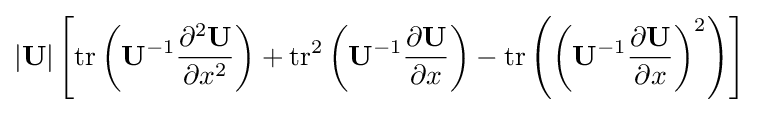
\left|\mathbf {U} \right|\left[\operatorname {tr} \left(\mathbf {U} ^{-1}{\frac {\partial ^{2}\mathbf {U} }{\partial x^{2}}}\right)+\operatorname {tr} ^{2}\left(\mathbf {U} ^{-1}{\frac {\partial \mathbf {U} }{\partial x}}\right)-\operatorname {tr} \left(\left(\mathbf {U} ^{-1}{\frac {\partial \mathbf {U} }{\partial x}}\right)^{2}\right)\right]